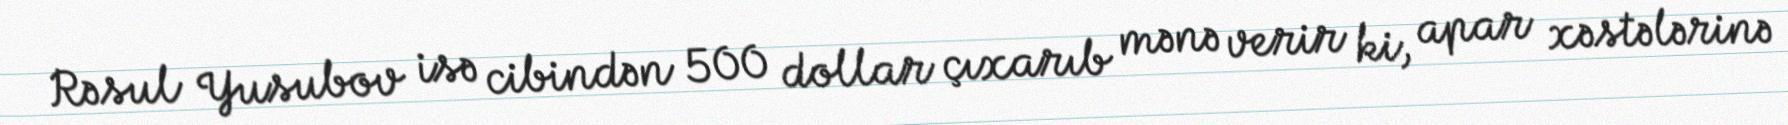
Rəsul Yusubov isə cibindən 500 dollar çıxarıb mənə verir ki, apar xəstələrinə